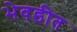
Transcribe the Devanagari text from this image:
भेवडीत